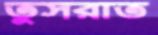
তুসরাত